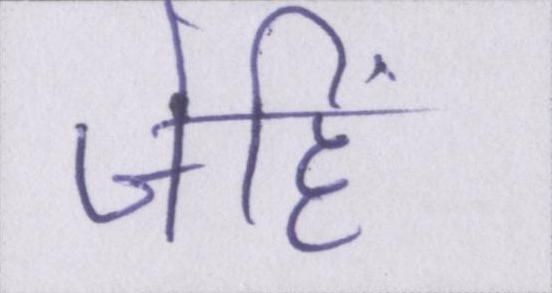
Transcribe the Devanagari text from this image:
जेहिं